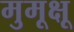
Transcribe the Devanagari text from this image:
मुमूक्षू